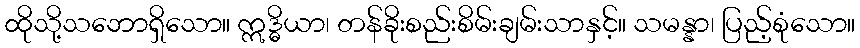
ထိုသို့သဘောရှိသော။ ဣဒ္ဓိယာ၊ တန်ခိုးစည်းစိမ်းချမ်းသာနှင့်။ သမန္နာ၊ ပြည့်စုံသော။